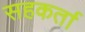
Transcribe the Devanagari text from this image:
सहकर्ता